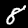
Digit: 8